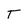
Character: T